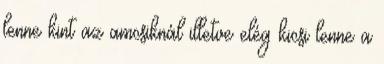
lenne kint az amcsiknál illetve elég kicsi lenne a